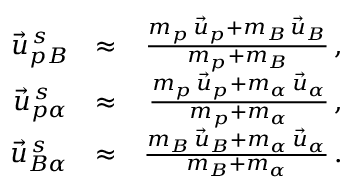
\begin{array} { r l r } { \vec { u } _ { p B } ^ { \, s } } & { \approx } & { \frac { m _ { p } \, \vec { u } _ { p } + m _ { B } \, \vec { u } _ { B } } { m _ { p } + m _ { B } } \, , } \\ { \vec { u } _ { p \alpha } ^ { \, s } } & { \approx } & { \frac { m _ { p } \, \vec { u } _ { p } + m _ { \alpha } \, \vec { u } _ { \alpha } } { m _ { p } + m _ { \alpha } } \, , } \\ { \vec { u } _ { B \alpha } ^ { \, s } } & { \approx } & { \frac { m _ { B } \, \vec { u } _ { B } + m _ { \alpha } \, \vec { u } _ { \alpha } } { m _ { B } + m _ { \alpha } } \, . } \end{array}